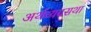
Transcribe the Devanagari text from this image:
अर्थव्यवसथा